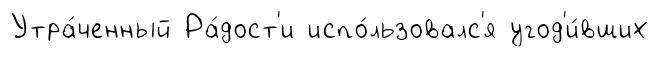
Утра́ченный Ра́дост'и испо́льзовалс'я угод'и́вших